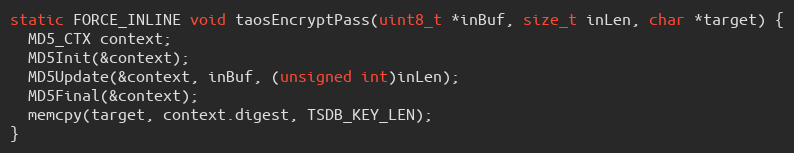
Language: C
static FORCE_INLINE void taosEncryptPass(uint8_t *inBuf, size_t inLen, char *target) {
  MD5_CTX context;
  MD5Init(&context);
  MD5Update(&context, inBuf, (unsigned int)inLen);
  MD5Final(&context);
  memcpy(target, context.digest, TSDB_KEY_LEN);
}